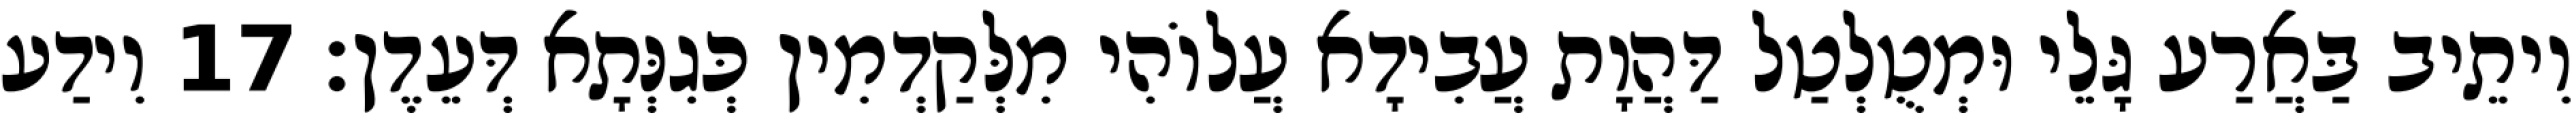
וִיתֵיב בַּאֲרַע גָּלֵי וּמְטֻלְטַל דַּהֲוָת עֲבִידָא עֲלוֹהִי מִלְּקַדְמִין כְּגִנְּתָא דְּעֵדֶן׃ 17 וִידַע